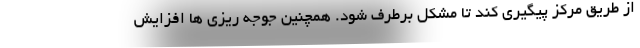
از طریق مرکز پیگیری کند تا مشکل برطرف شود. همچنین جوجه ریزی ها افزایش